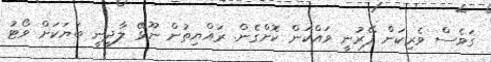
ގަވެސް ވެރިކަން ފޭރުނީ ވައްކަން ކޮށްގެން. ރައްޔިތުން ނޫޅޭ ލާދީނީ ބަޔަކަށް ވޯޓު